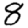
Digit: 8